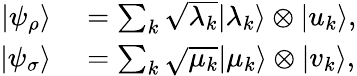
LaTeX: \begin{array}{rl}{|\psi_{\rho}\rangle}&{{}=\sum_{k}{\sqrt{\lambda_{k}}}|\lambda_{k}\rangle\otimes|u_{k}\rangle,}\\ {|\psi_{\sigma}\rangle}&{{}=\sum_{k}{\sqrt{\mu_{k}}}|\mu_{k}\rangle\otimes|v_{k}\rangle,}\end{array}